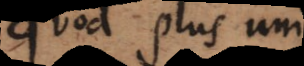
quod plus uni